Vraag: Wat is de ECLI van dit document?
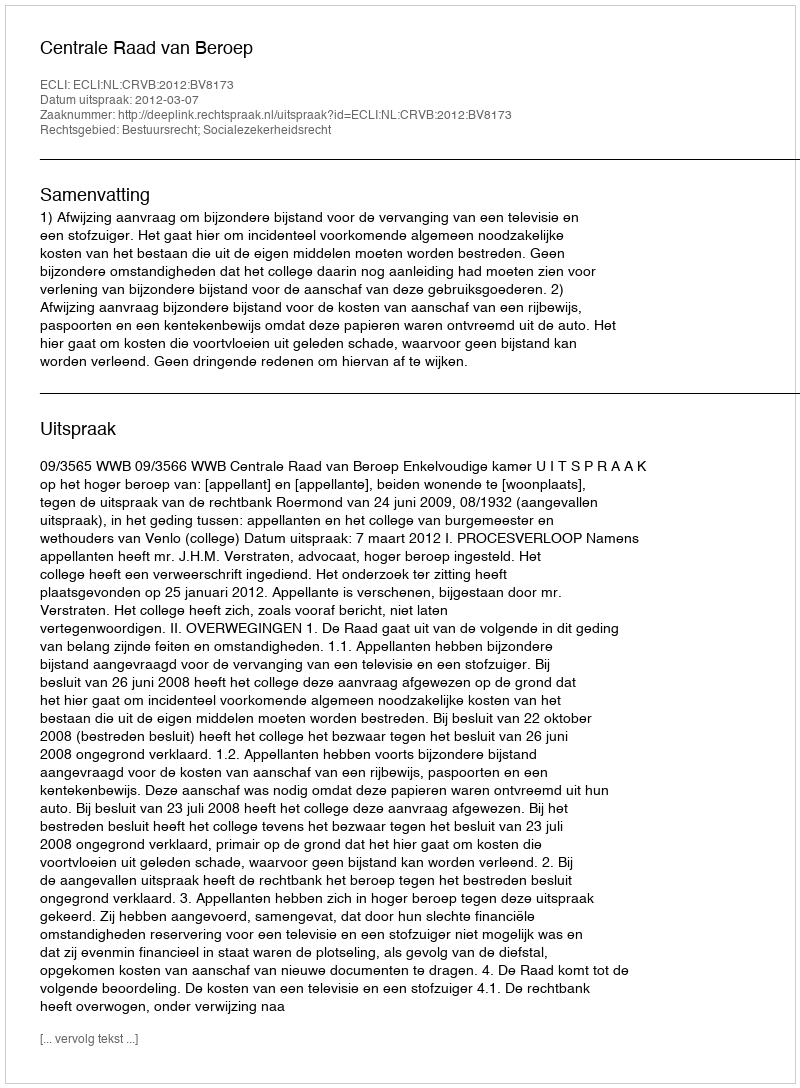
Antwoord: ECLI:NL:CRVB:2012:BV8173